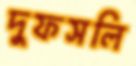
দুফসলি